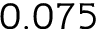
0 . 0 7 5